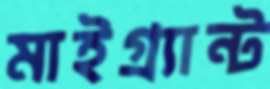
মাইগ্র্যান্ট